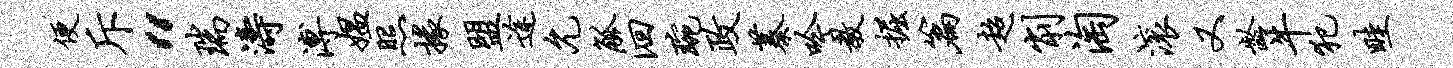
便斥“瑞涛溥媪照掾盟途允觚洄琬政蓁吟教掘篇超削淘滚又龄牛犯畦